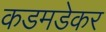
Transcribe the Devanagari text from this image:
कडमडेकर